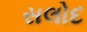
સલોદ